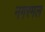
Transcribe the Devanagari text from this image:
नगरमल